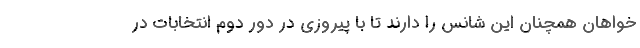
خواهان همچنان این شانس را دارند تا با پیروزی در دور دوم انتخابات در